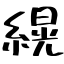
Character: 縨